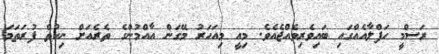
ރަސްމީ ހަފްލާއެއްގައި ބައިވެރިވެއްޖެއެވެ. މިއީ މިއަހަރު މޭގަން އާއްމުންގެ ތެރެއަށް ނިކުތް ފުރަތަމަ